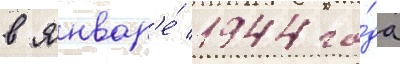
в январ'е́ 1944 го́да